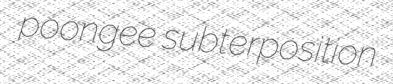
poongee subterposition